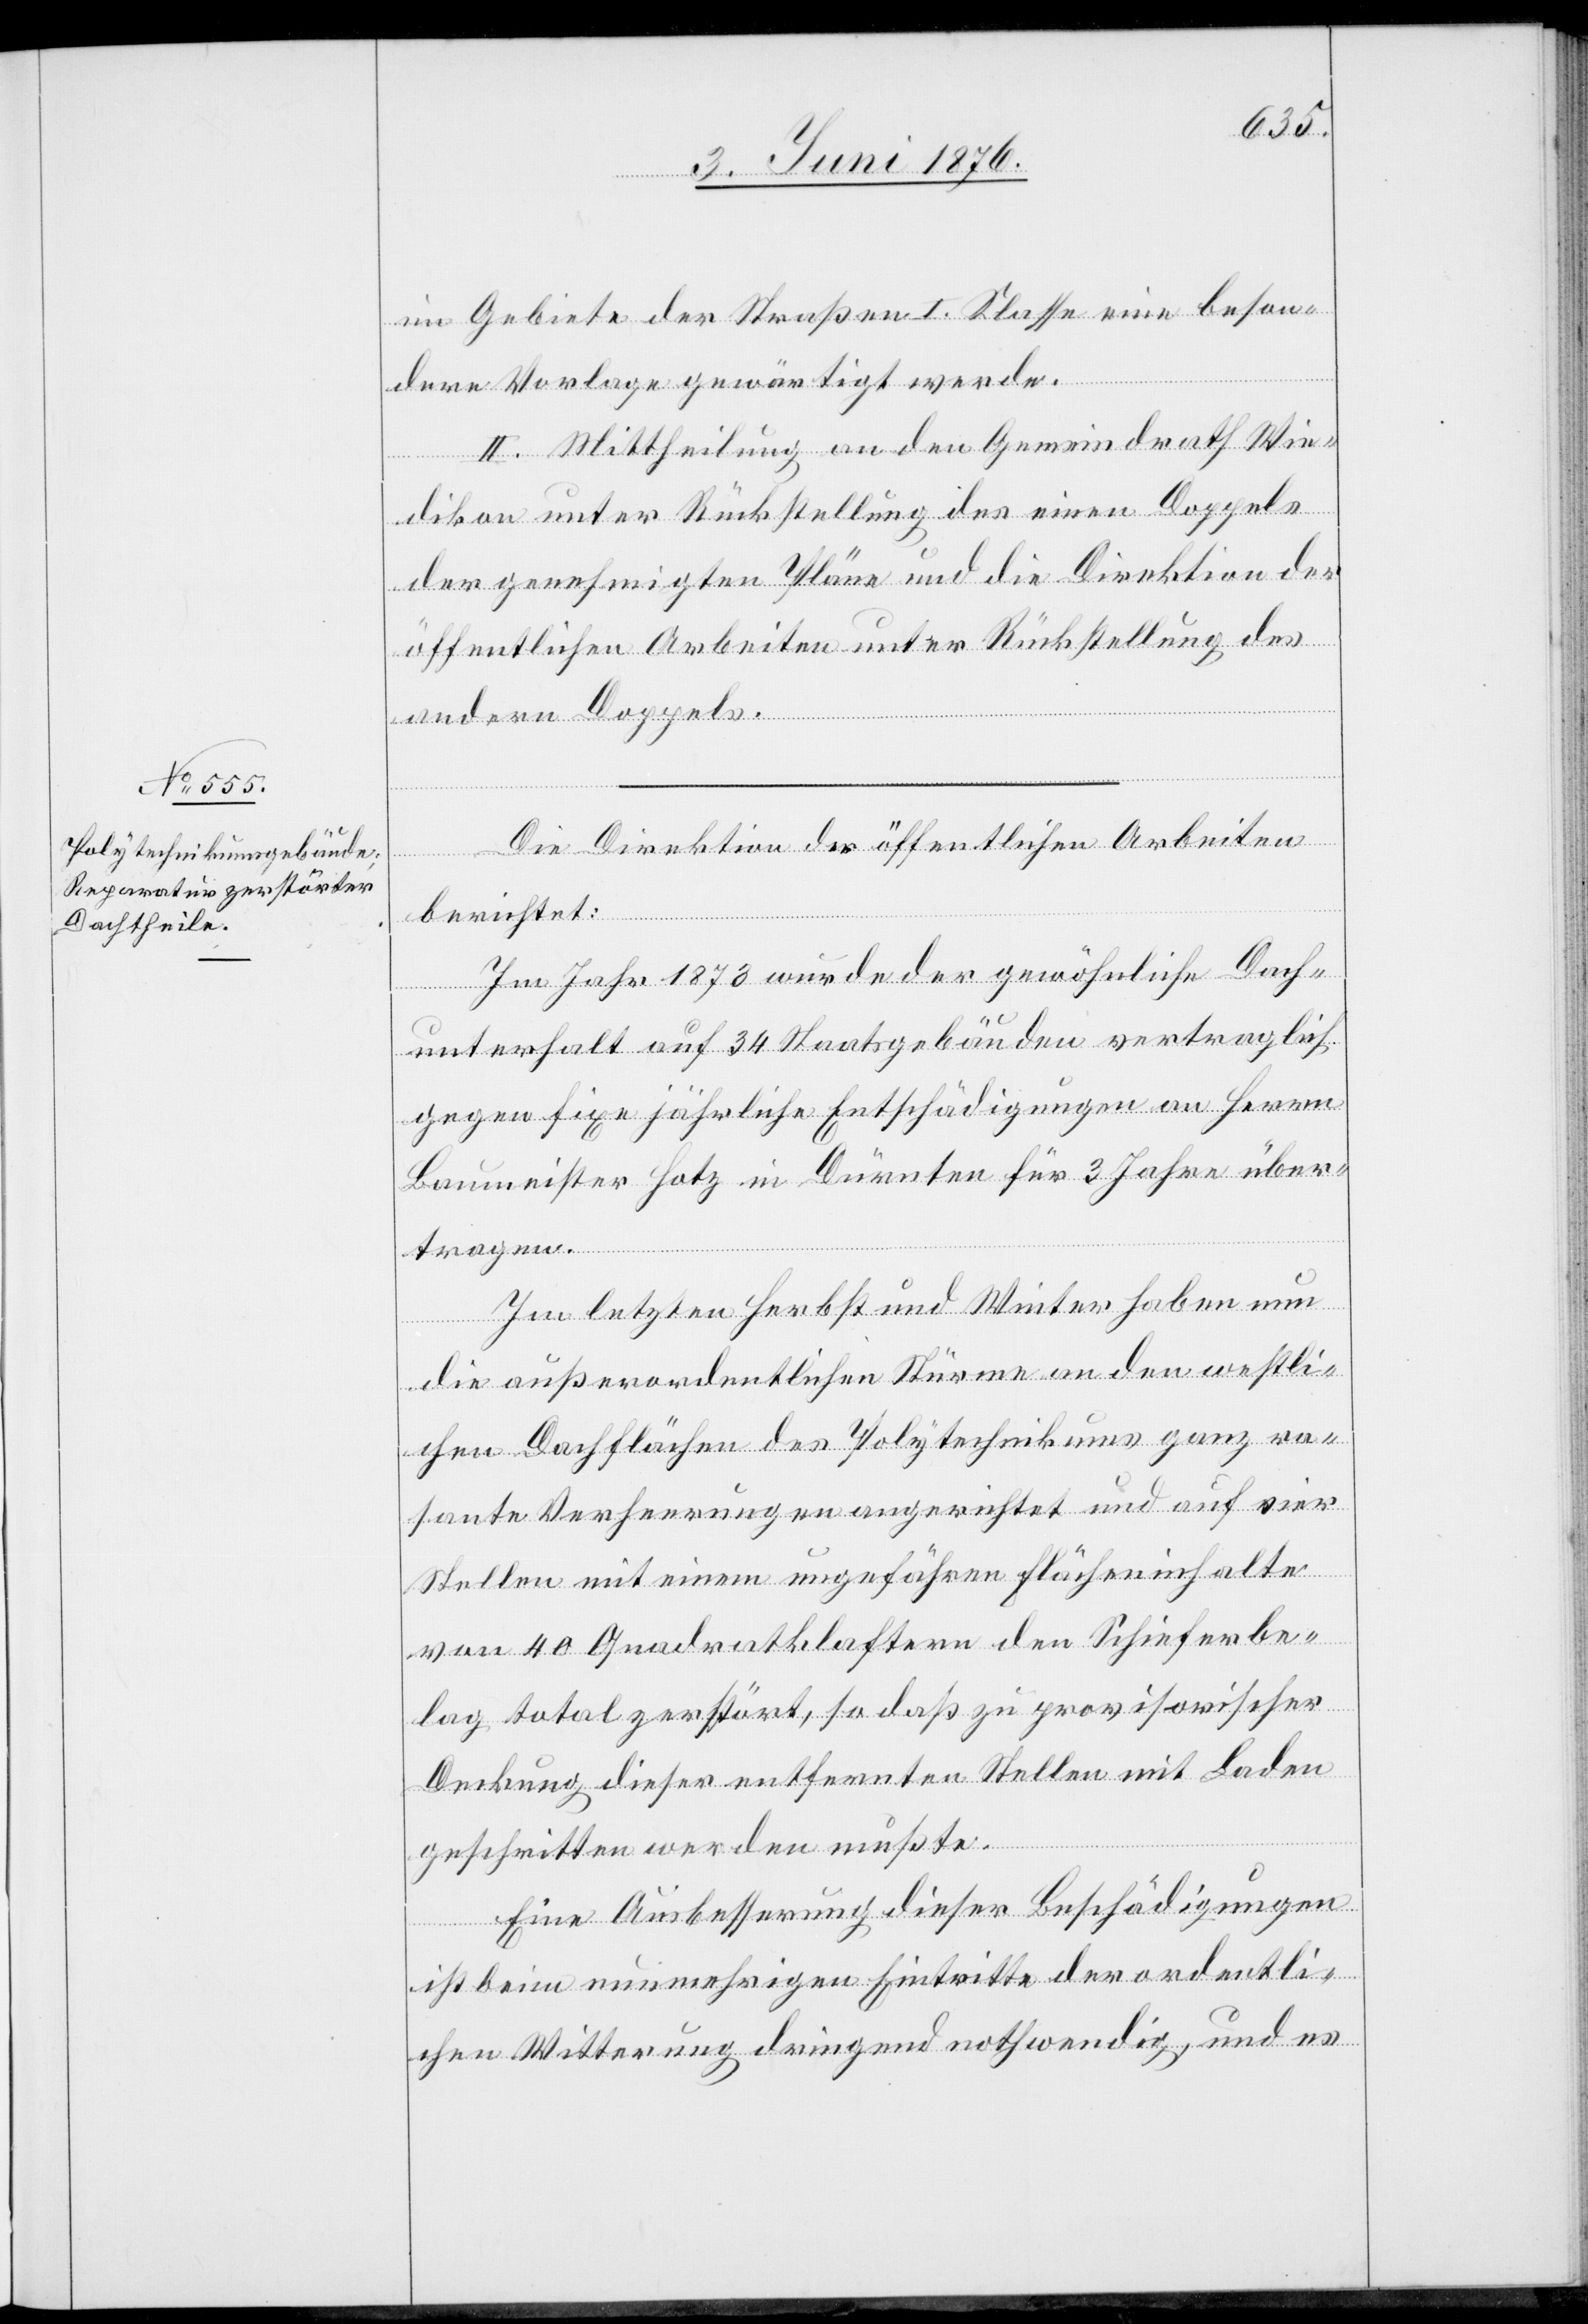
im Gebiete der Straßen I. Klasse eine beson¬
dere Vorlage gewärtigt werde,
II. Mittheilung an den Gemeindrath Wie¬
dikon unter Rückstellung des einen Doppels
der genehmigten Pläne und die Direktion der
öffentlichen Arbeiten unter Rückstellung des
andern Doppels.
Die Direktion der öffentlichen Arbeiten
berichtet:
Im Jahr 1873 wurde der gewöhnliche Dach¬
unterhalt auf 34 Staatsgebäuden vertraglich
gegen fixe jährliche Entschädigungen an Herrn
Baumeister Hotz in Dürnten für 3 Jahre über¬
tragen.
Im letzten Herbst und Winter haben nun
die außerordentlichen Stürme an den westli¬
chen Dachflächen des Polytechnikums ganz ra¬
sante Verheerungen angerichtet und auf vier
Stellen mit einem ungefähren Flächeninhalte
von 40 Quadratklaftern den Schieferbe¬
lag total zerstört, so daß zu provisorischer
Deckung dieser entfernten Stellen mit Laden
geschritten werden mußte.
Eine Ausbesserung dieser Beschädigungen
ist beim nunmehrigen Eintritte der ordentli¬
chen Witterung dringend nothwendig, und es